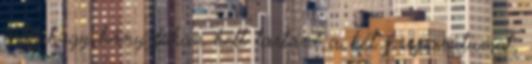
érti, hogy hány fokon kell tartani a két preparátumot,